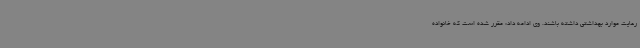
رعایت موارد بهداشتی داشته باشند. وی ادامه داد: مقرر شده است که خانواده